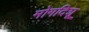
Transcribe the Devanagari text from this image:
मोगदिशू